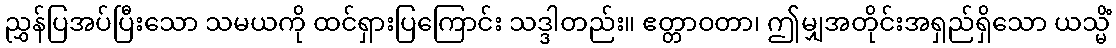
ညွှန်ပြအပ်ပြီးသော သမယကို ထင်ရှားပြကြောင်း သဒ္ဒါတည်း။ ဧတ္တာဝတာ၊ ဤမျှအတိုင်းအရှည်ရှိသော ယသ္မိံ